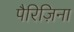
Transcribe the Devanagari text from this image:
पैरिज़िना